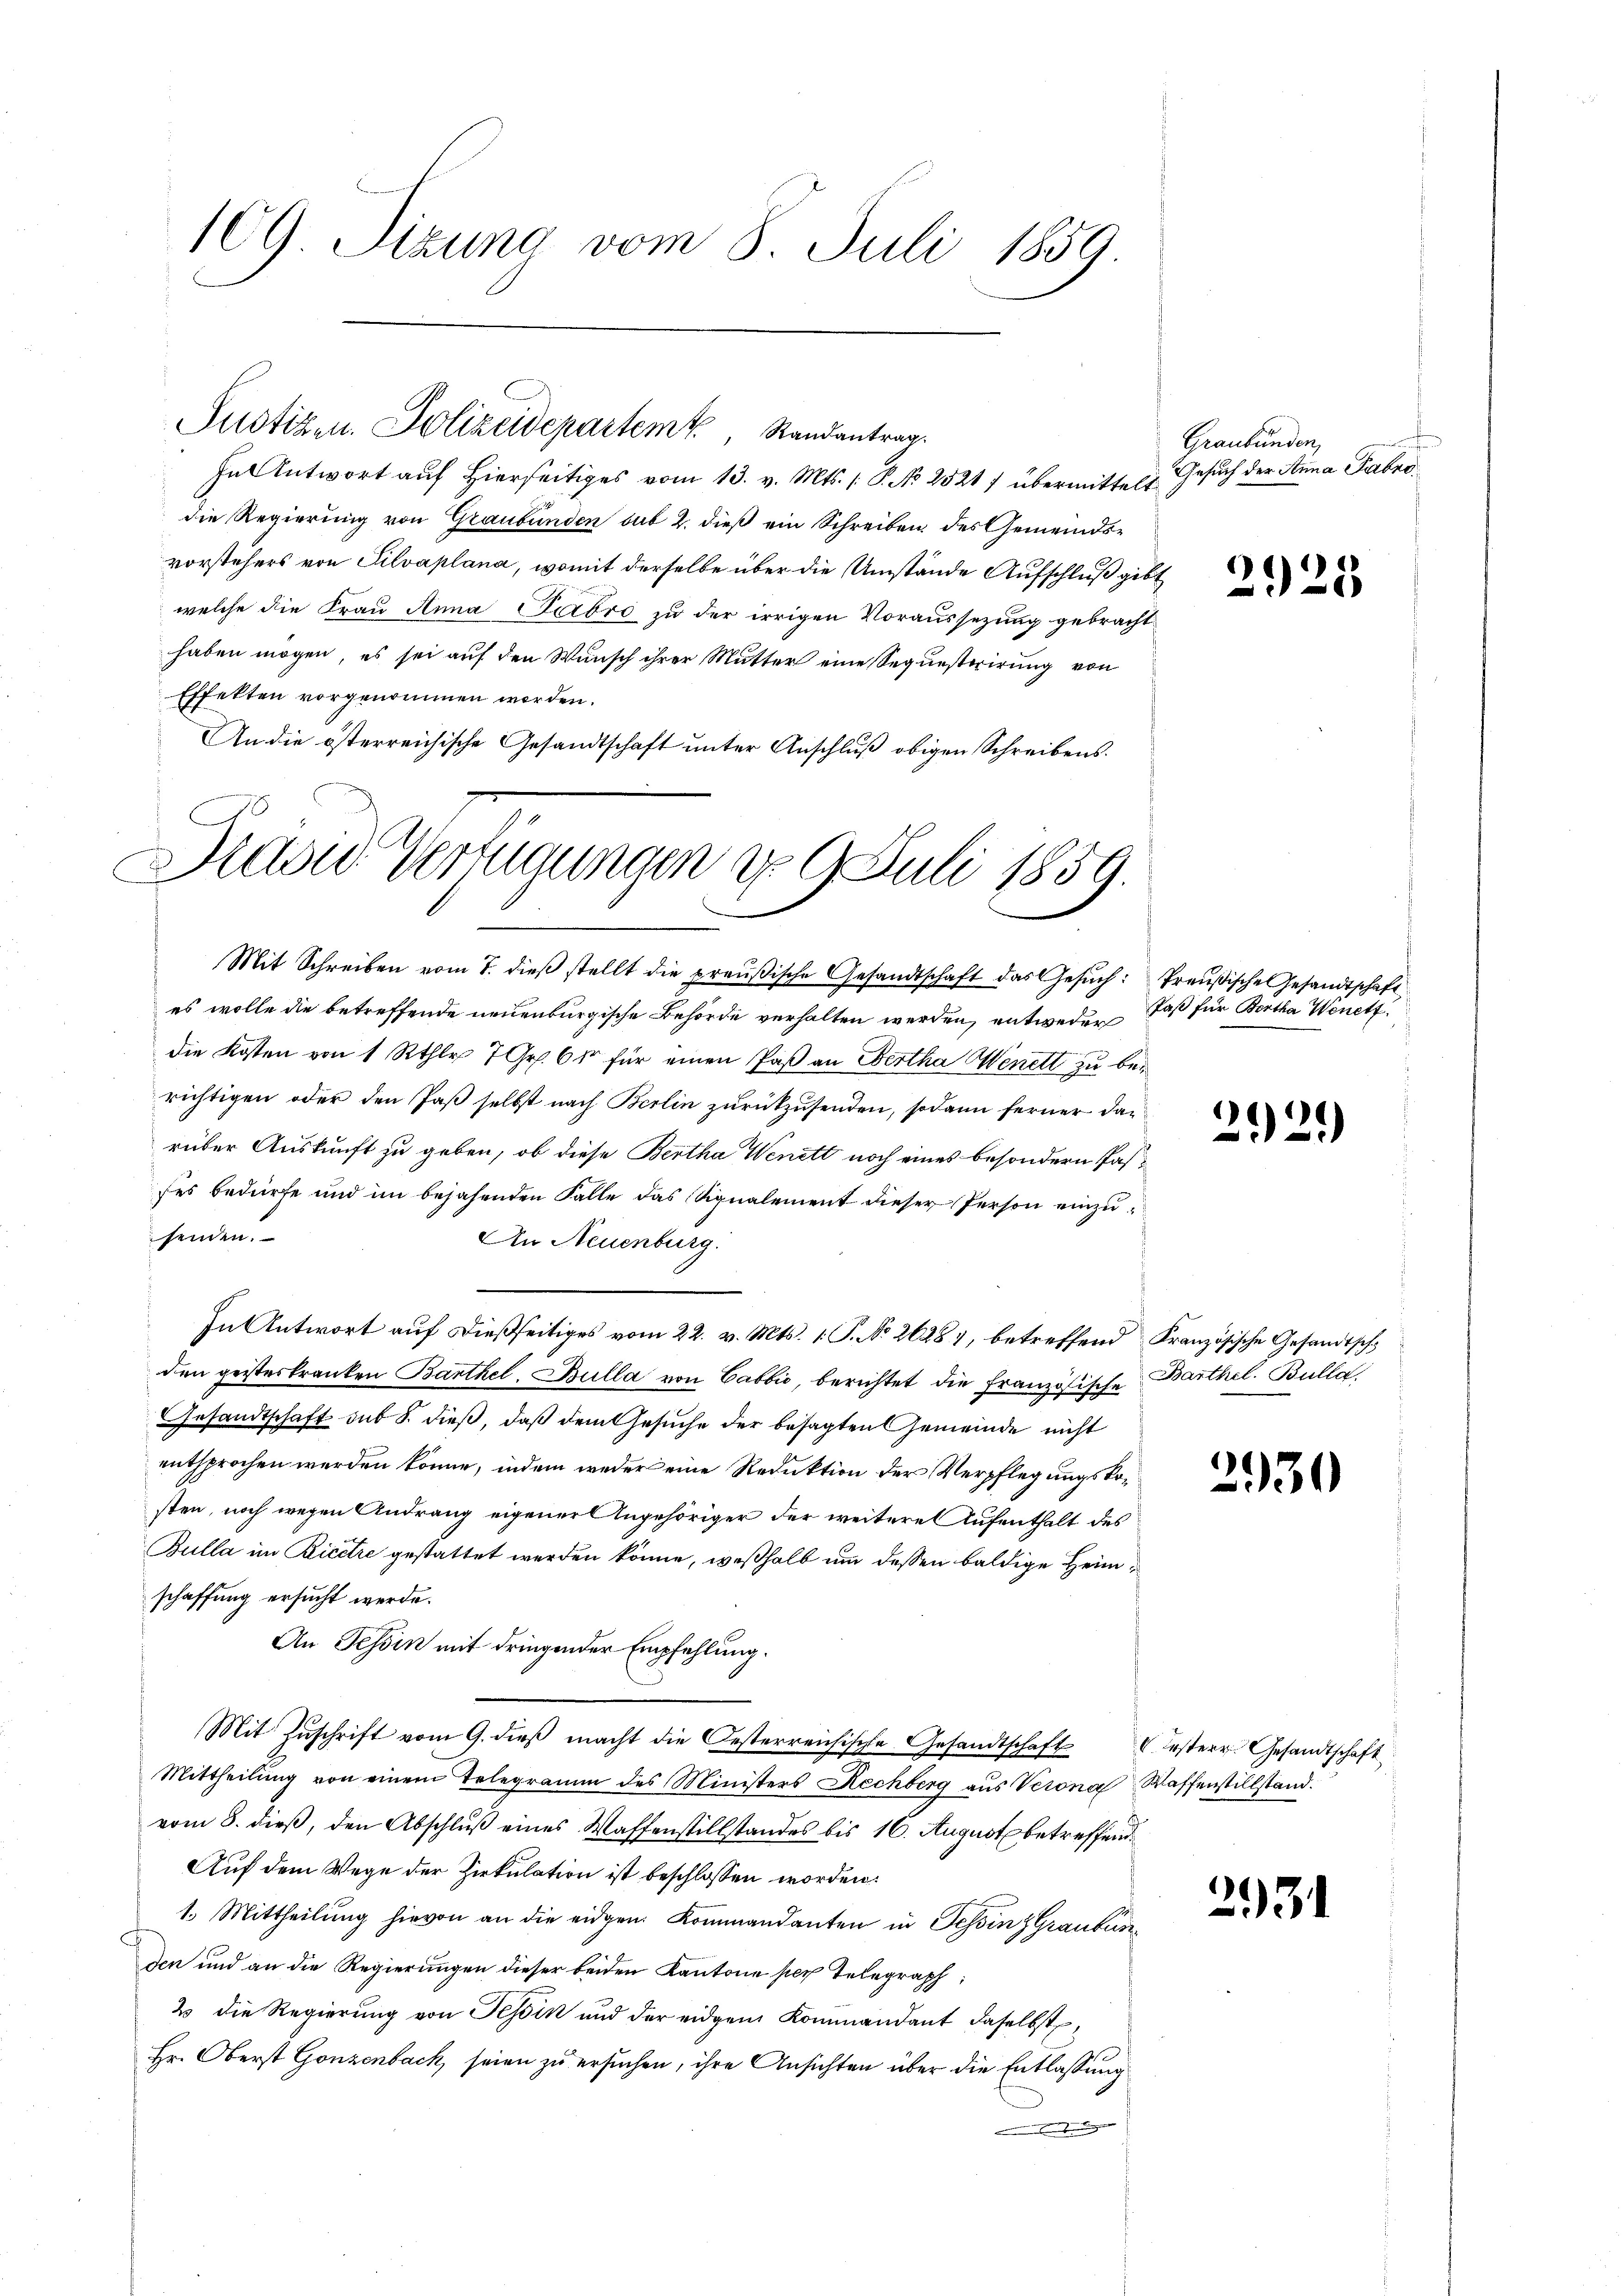
109 Sizung vom 8. Juli 1859.

In Antwort auf hierseitiges vom 13. v. Mts. /: P. No 2521/ übermittelt Gesuch der Anna Fabri
die Regierung von Graubünden sub 2. dieß ein Schreiben des Gemeindsvorstehers von Silvaplana, womit derselbe über die Umstände Aufschluß gibt
welche die Frau Anna Labro zu der irrigen Voraussezung gebracht
haben mögen, es sei auf den Wunsch ihrer Mutter eine Sequesterirung von
Effekten vorgenommen worden.
An die österreichische Gesandtschaft unter Anschluß obigen Schreibens.

Pustizen. Polizeidepartem Randantrag.

David Verfügungen d. 9. Juli 1859.

Mit Schreiben vom 7. dieß stellt die preußische Gesandtschaft das Gesuch: Preußische Gesandtschaft
es wolle die betreffende neuenburgische Behörde verhalten werden, entweder, daß für Bertha Wenett.
die Kosten von 1 Rthlr 7 Gr. 64 für einen Paß an Bertha Menett zu berichtigen oder den Paß selbst nach Berlin zurückzusenden, sodann ferner da-
rüber Auskunft zu geben, ob diese Bertha Wenett noch eines besondern Passes bedürfe und im bejahenden Falle das Signalement dieser Person einzusenden.
An Neuenburg.
In Antwort auf dießseitiges vom 22. v. Mts. 1. P. No 26281, betreffend Französische Gesandtschden geisteskranken Barthel, Bulla von Cabbić, berichtet die Französische Barthel. Bulla,
Gesandtschaft sub 8. dieß, daß dem Gesuche der besagten Gemeinde nicht
entsprochen werden könne, indem weder eine Reduktion der Verpflegungskosten, noch wegen Andrang eigener Angehöriger der weitere Aufenthalt des
Bulla im Ricere gestattet werden könne, weßhalb um dessen baldige Heimschaffung ersucht werde.
An Tessin mit dringender Empfehlung.
Mit Zŭschrift vom 9. dieß macht die Oesterreichische Gesandtschaftesterr. Gesandtschaft
Mittheilung von einem Telegramm des Ministers Rechberg aus Verona Waffenstillstandvom 8. dieß, den Abschluß eines Waffenstillstandes bis 16. August betreffend
Auf dem Wege der Zirkulation ist beschlossen worden:
1. Mittheilung hievon an die eidgen. Kommandanten in Tessin Graubünden und an die Regierungen dieser beiden Kantone per Telegraph
2 die Regierung von Tessin und der eidgen Kommandant daselbst,
Hr. Oberst Gonzenbach, seien zu ersuchen, ihre Ansichten über die Entlassung

Graubünden,

2925

20.

2)

2930

2931